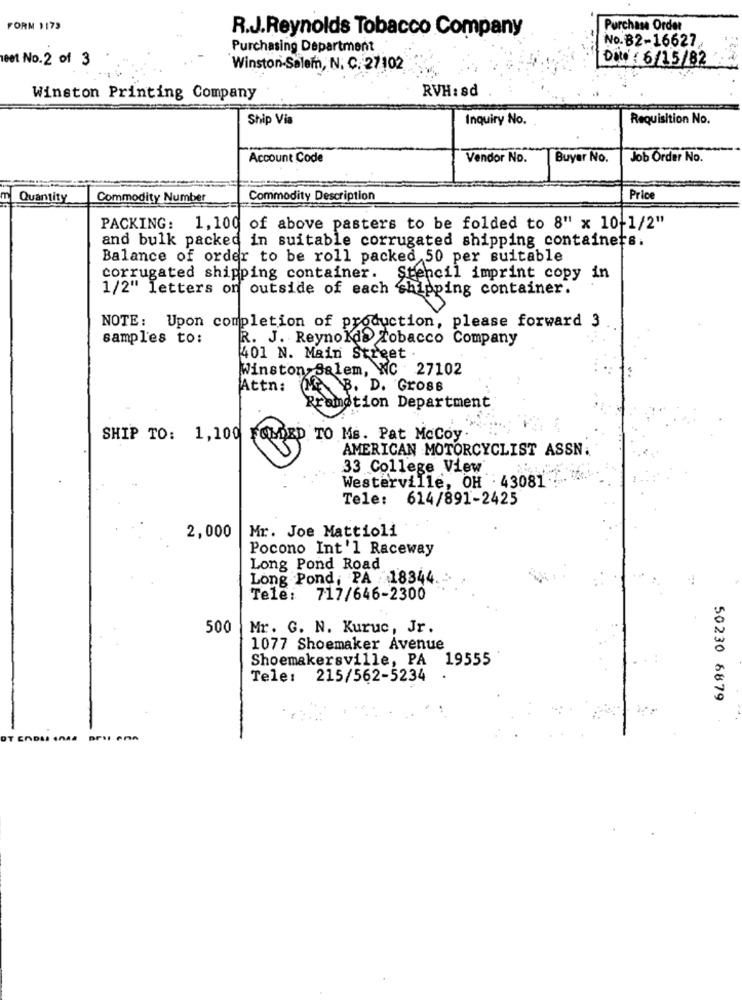
FORM 1173
R.J.Reynolds Tobacco Company
Purchase Order
Purchasing Department
No.82-16627
eet No.2 of 3
DOW : 6/15/82
Winston-Salem, N. C. 27102
RVH: sd
Winston Printing Company
Ship Via
Inquiry No.
Requisition No.
Account Code
Vendor No.
Buyer No.
Job Order No.
Quantity
Commodity Number
Commodity Description
Price
PACKING: 1,100 of above pasters to be folded to 8" x 10-1/2"
and bulk packed in suitable corrugated shipping containers.
Balance of order to be roll packed 50 per suitable
corrugated shipping container.
Stencil imprint copy in
1/2" letters on outside of each shipping container.
NOTE: Upon completion of production, please forward 3
samples to:
R. J. Reynolds Tobacco Company
401 N. Main Street .
Winston Salem, WC 27102
Attn:
MB. D. Gross
Promotion Department
SHIP TO: 1,100 FOLDED TO Ms. Pat McCoy.
AMERICAN MOTORCYCLIST ASSN.
33 College View
Westerville, OH : 43081
Tele:
614/891-2425
Mr. Joe Mattioli
2,000
Pocono Int'l Raceway
Long Pond Road
Long Pond, PA /18344.
Tele: 717/646-2300
500
Mr. G. N. Kuruc, Jr.
1077 Shoemaker Avenue
Shoemakersville, PA 19555
Tele: 215/562-5234
50230 6879
OT ENDA .